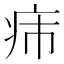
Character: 𤴹